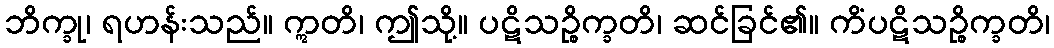
ဘိက္ခု၊ ရဟန်းသည်။ ဣတိ၊ ဤသို့။ ပဋိသဉ္စိက္ခတိ၊ ဆင်ခြင်၏။ ကိံပဋိသဉ္စိက္ခတိ၊